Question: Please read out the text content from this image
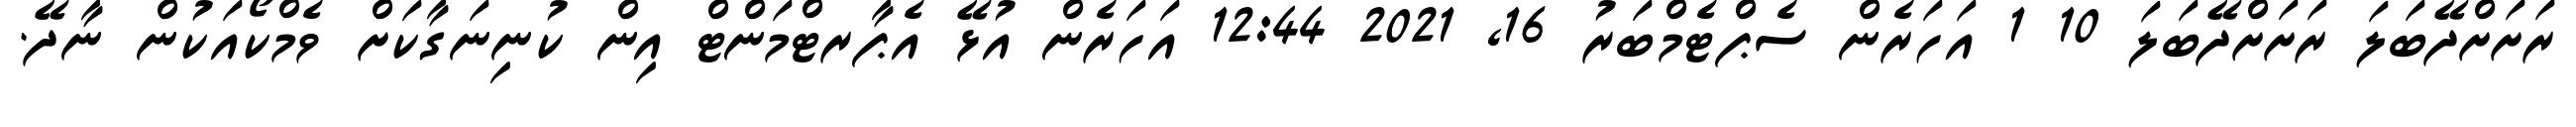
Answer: ރަށަށްދޭބަލަ ރަށަށްދޭބަލަ 10 1 އަހަރެން ސެޕްޓެމްބަރު 16, 2021 12:44 އަހަރެން އުޅޭ އެޕާރޓްމަންޓް އިން ކުނިނަގާކަށް ވެމްކޯއަކުން ނާދޭ.